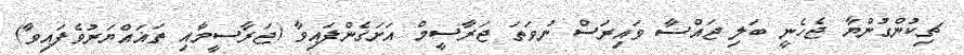
ޗިކުންގުންޔާ ޖެހެނީ ބަލި ޖައްސާ ވައިރަސް ނުވަތަ ޖަރާސީމް އަށަގެންފައިވާ (ޖަރާސީމާއި ތަޣައްޔަރުވެފައިވާ)